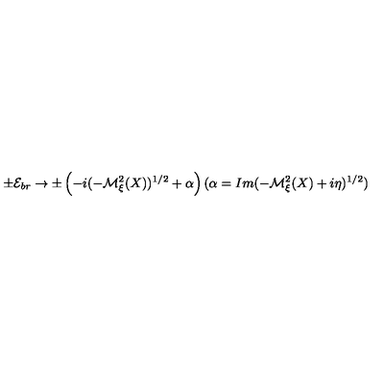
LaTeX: \pm { \cal E } _ { b r } \to \pm \left( - i ( - { \cal M } _ { \xi } ^ { 2 } ( X ) ) ^ { 1 / 2 } + \alpha \right) ( \alpha = I m ( - { \cal M } _ { \xi } ^ { 2 } ( X ) + i \eta ) ^ { 1 / 2 } )